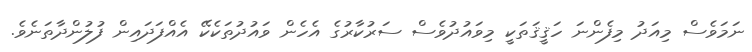
ނަމަވެސް މިއަދު މިފެންނަ ހަޤީޤަތަކީ މިވައުދުވެސް ސަރުކާރުގެ އެހެން ވައުދުތަކެކޭ އެއްފަދައިން ފުލުންދާތަނެވެ.